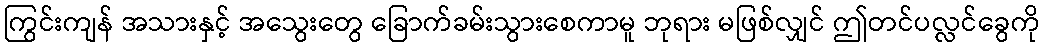
ကြွင်းကျန် အသားနှင့် အသွေးတွေ ခြောက်ခမ်းသွားစေကာမူ ဘုရား မဖြစ်လျှင် ဤတင်ပလ္လင်ခွေကို